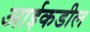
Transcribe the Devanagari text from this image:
आईकडील